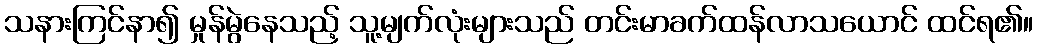
သနားကြင်နာ၍ မှုန်မွဲနေသည့် သူ့မျက်လုံးများသည် တင်းမာခက်ထန်လာသယောင် ထင်ရ၏။